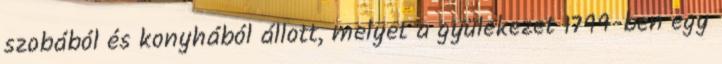
szobából és konyhából állott, melyet a gyülekezet 1799-ben egy